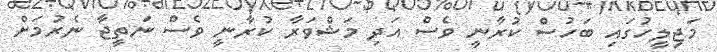
މަޖިލީހުގައި ބަހުސް ކުރާނީ ވެސް އަދި މަޝްވަރާ ކުރާނީ ވެސް ނަތީޖާ ނެރުމަށް